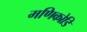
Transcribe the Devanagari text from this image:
मणिकोडि